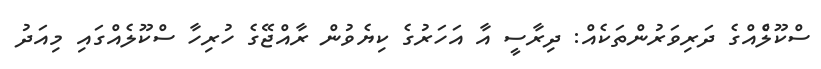
ސްކޫލެްއްގެ ދަރިވަރުންތަކެއް: ދިރާސީ އާ އަހަރުގެ ކިޔެވުން ރާއްޖޭގެ ހުރިހާ ސްކޫލެއްގައި މިއަދު